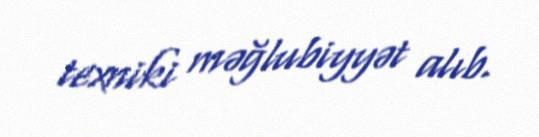
texniki məğlubiyyət alıb.